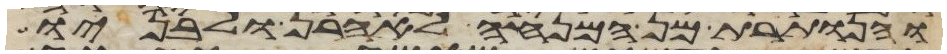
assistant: והנותרת מן המנחה לאהרן ולבניו